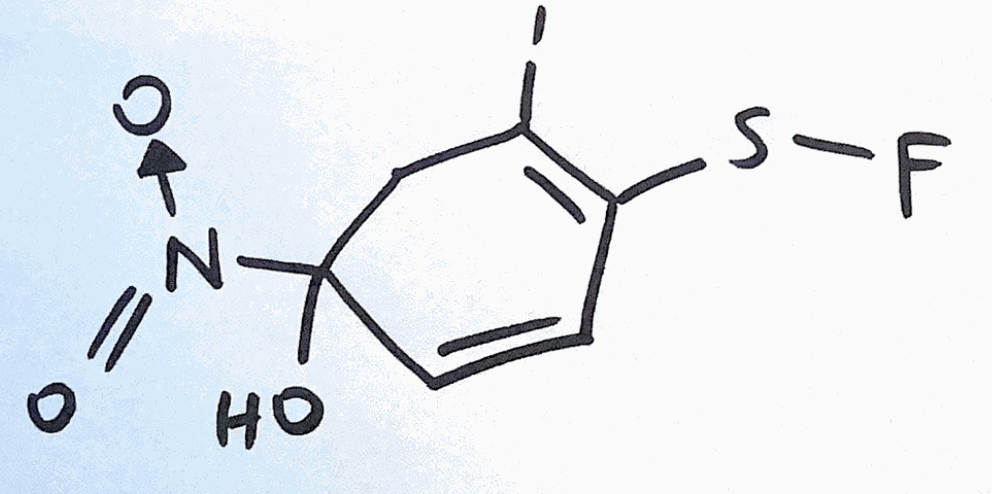
Simplified molecular-input line-entry system (SMILES) notation of the given molecule:
C1C(=C(C=CC1([N+](=O)[O-])O)SF)I